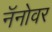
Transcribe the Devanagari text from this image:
नॅनोवर